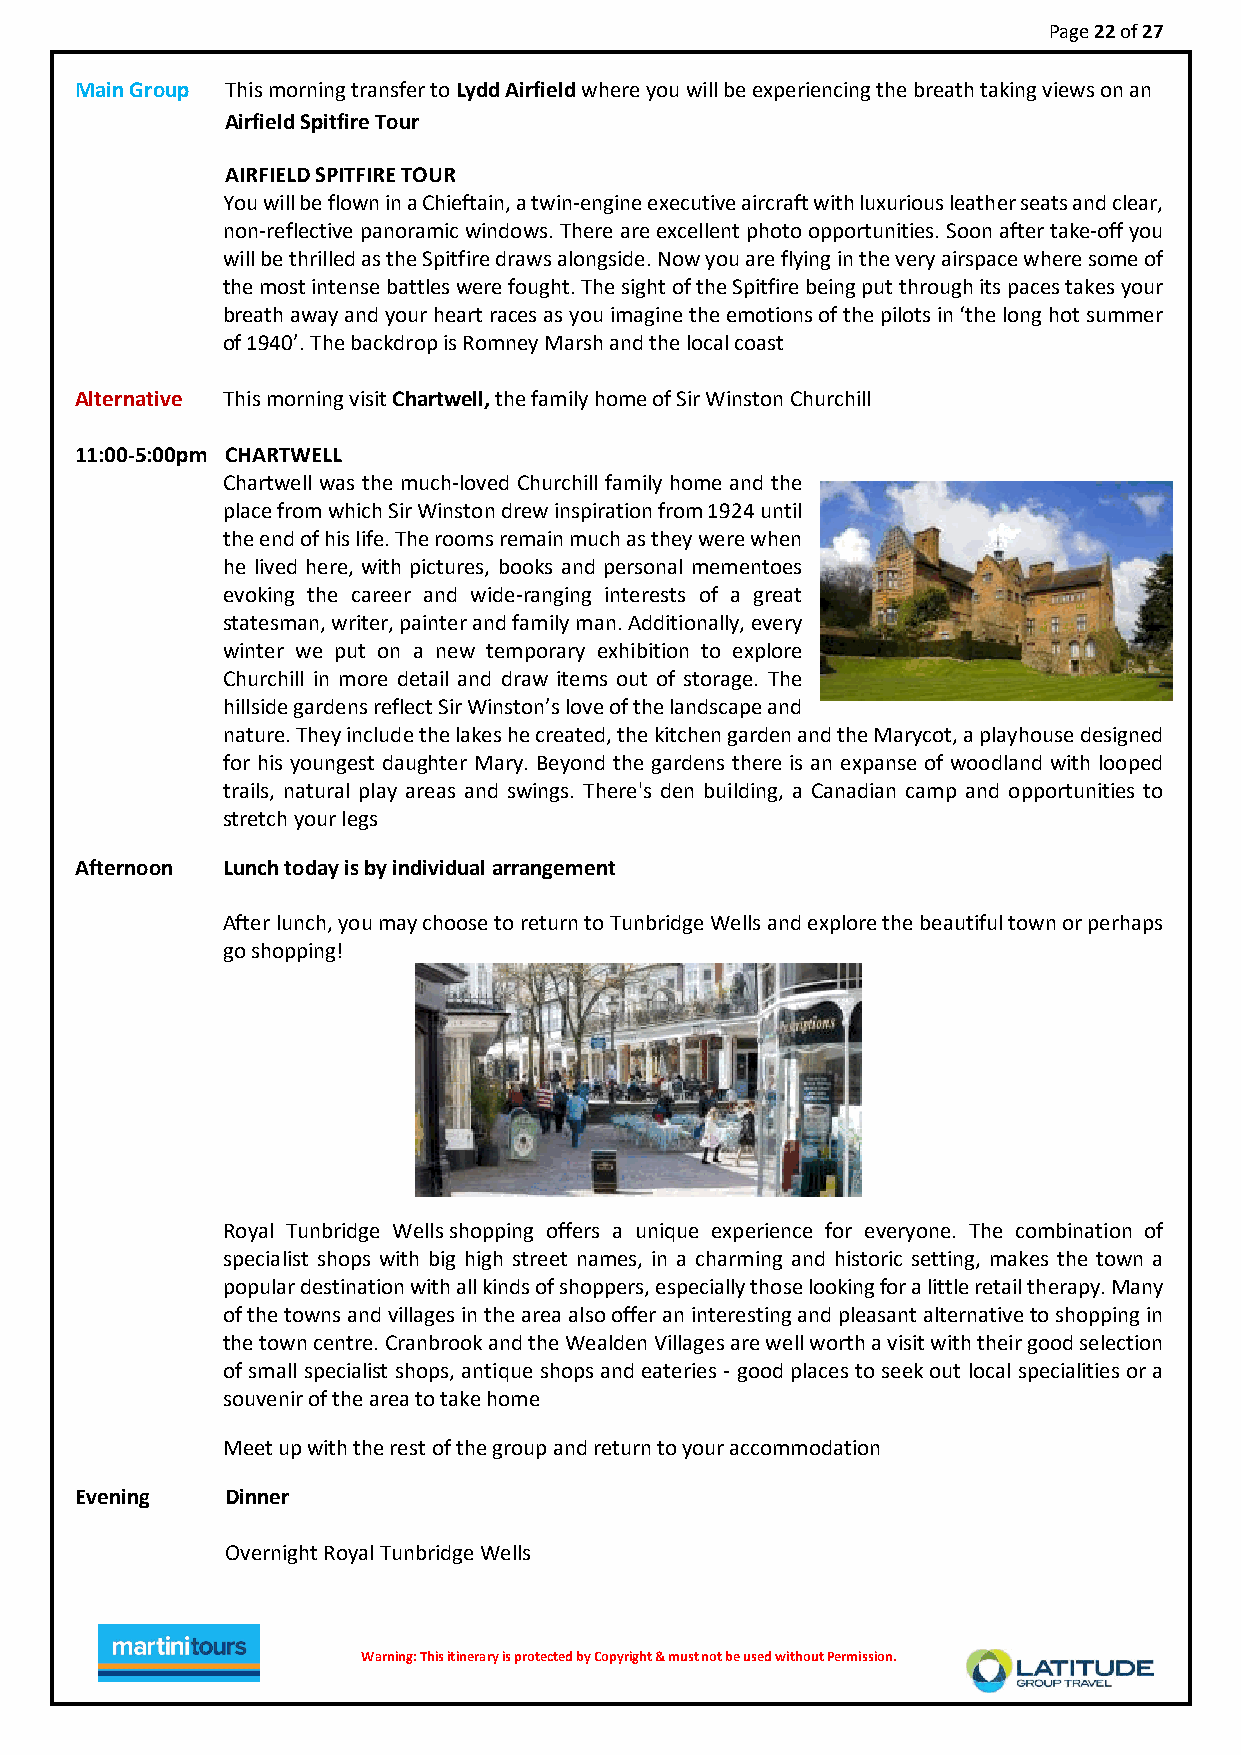
Page 22 of 27
 Main Group This morning transfer to Lydd Airfield where you will be experiencing the breath taking views on an
 Airfield Spitfire Tour
 AIRFIELD SPITFIRE TOUR
 You will be flown in a Chieftain, a twin-engine executive aircraft with luxurious leather seats and clear,
 non-reflective panoramic windows. There are excellent photo opportunities. Soon after take-off you
 will be thrilled as the Spitfire draws alongside. Now you are flying in the very airspace where some of
 the most intense battles were fought. The sight of the Spitfire being put through its paces takes your
 breath away and your heart races as you imagine the emotions of the pilots in ‘the long hot summer
 of 1940’. The backdrop is Romney Marsh and the local coast
 Alternative This morning visit Chartwell, the family home of Sir Winston Churchill
 11:00-5:00pm CHARTWELL
 Chartwell was the much-loved Churchill family home and the
 place from which Sir Winston drew inspiration from 1924 until
 the end of his life. The rooms remain much as they were when
 he lived here, with pictures, books and personal mementoes
 evoking the career and wide-ranging interests of a great
 statesman, writer, painter and family man. Additionally, every
 winter we put on a new temporary exhibition to explore
 Churchill in more detail and draw items out of storage. The
 hillside gardens reflect Sir Winston’s love of the landscape and
 nature. They include the lakes he created, the kitchen garden and the Marycot, a playhouse designed
 for his youngest daughter Mary. Beyond the gardens there is an expanse of woodland with looped
 trails, natural play areas and swings. There's den building, a Canadian camp and opportunities to
 stretch your legs
 Afternoon Lunch today is by individual arrangement
 After lunch, you may choose to return to Tunbridge Wells and explore the beautiful town or perhaps
 go shopping!
 Royal Tunbridge Wells shopping offers a unique experience for everyone. The combination of
 specialist shops with big high street names, in a charming and historic setting, makes the town a
 popular destination with all kinds of shoppers, especially those looking for a little retail therapy. Many
 of the towns and villages in the area also offer an interesting and pleasant alternative to shopping in
 the town centre. Cranbrook and the Wealden Villages are well worth a visit with their good selection
 of small specialist shops, antique shops and eateries - good places to seek out local specialities or a
 souvenir of the area to take home
 Meet up with the rest of the group and return to your accommodation
 Evening   Dinner
 Overnight Royal Tunbridge Wells
 Warnin g : T h i s i t i n e r ary is protected by Copyright & must not be used without Permission.